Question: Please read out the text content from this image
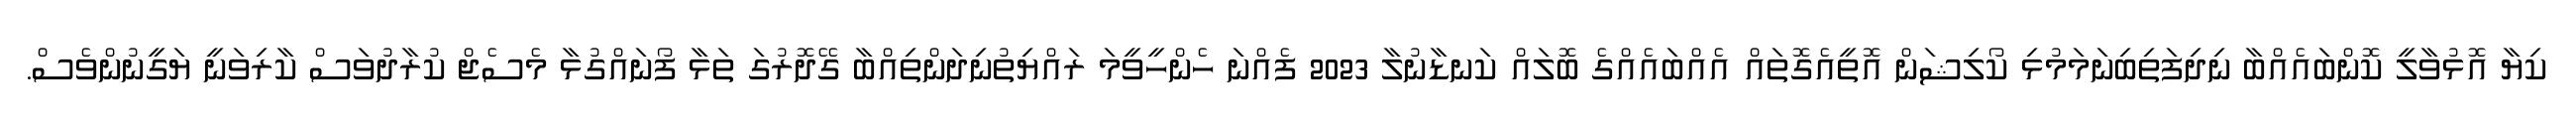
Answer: ކިޔާ އޮޅުވާލީ ކޮންބައެއްބާ ނިދިފަތިބިނަމަމުޅި ކޯލިޝަން އޮތީއެގޮތައް އެއްބައެއްގެ ބޮލައް ކަނޑާނުލާ 2023 ފެއްނަ ހެންހީވީމަ ރައްޔިތުނިދަންތިއްބާ ގޭދޮރުގަ ތަޅާ ފޯނައްގުޅާ މެސެޖް ކުރާދުވަސް ކާރިވަނީ ޔަގީނުންވެސް.